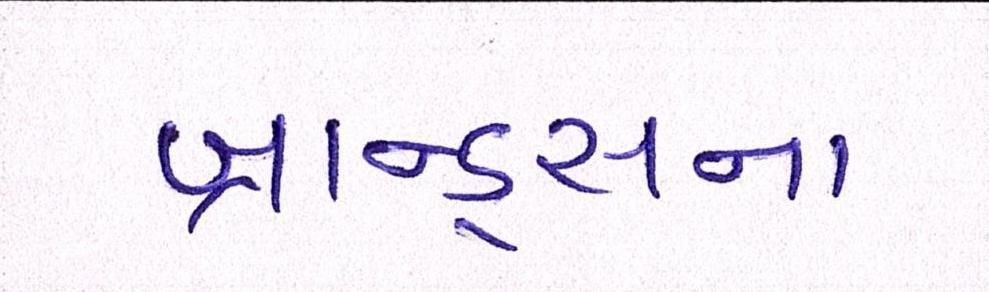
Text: બ્રાન્ડ્સના